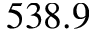
5 3 8 . 9